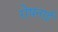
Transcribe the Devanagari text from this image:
रोषनाई